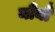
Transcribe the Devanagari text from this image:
मौर्यौं